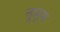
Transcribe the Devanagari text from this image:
तुलूस